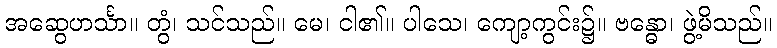
အဆွေဟင်္သာ။ တွံ၊ သင်သည်။ မေ၊ ငါ၏။ ပါသေ၊ ကျော့ကွင်း၌။ ဗန္ဓော၊ ဖွဲ့မိသည်။